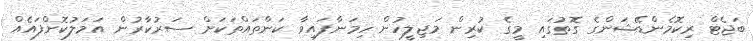
ބަޖެޓް ރިކޮމެންޑޭޝަންގެ ގޮތުގައި މީގެ ކުރިން މަޖިލީހުން ހިމަނާފައިވާ ކަންތައްތަކަށް ސަރުކާރުން އަމަލުކޮށްފައެއް